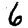
Digit: 6